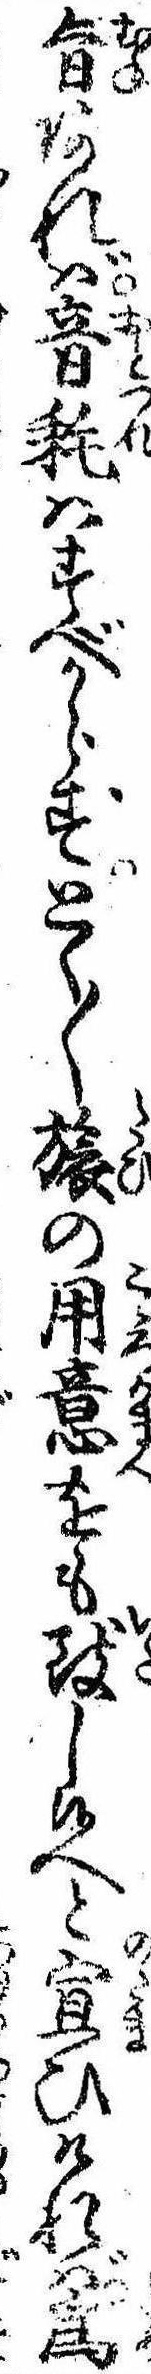
旨あれば音耗はすべからずとく〱旅の用意をも致し候へと宣ひければ為